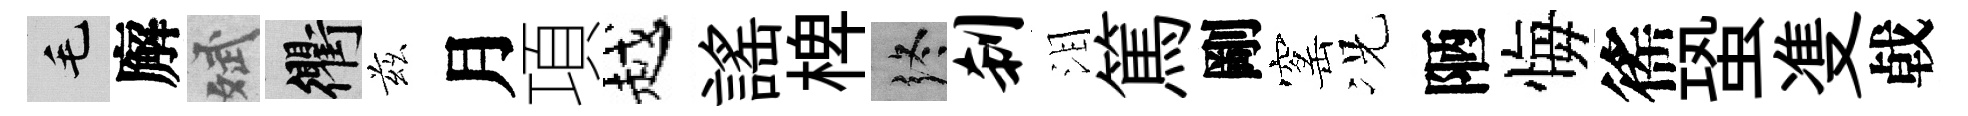
毛廨斌衢兹月項越謡椑终刹泪篤剛窰况陋悔徭蛩㕠㦸